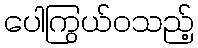
ပေါကြွယ်ဝသည့်